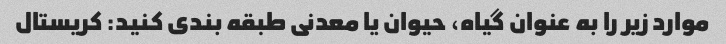
موارد زیر را به عنوان گیاه، حیوان یا معدنی طبقه بندی کنید: کریستال